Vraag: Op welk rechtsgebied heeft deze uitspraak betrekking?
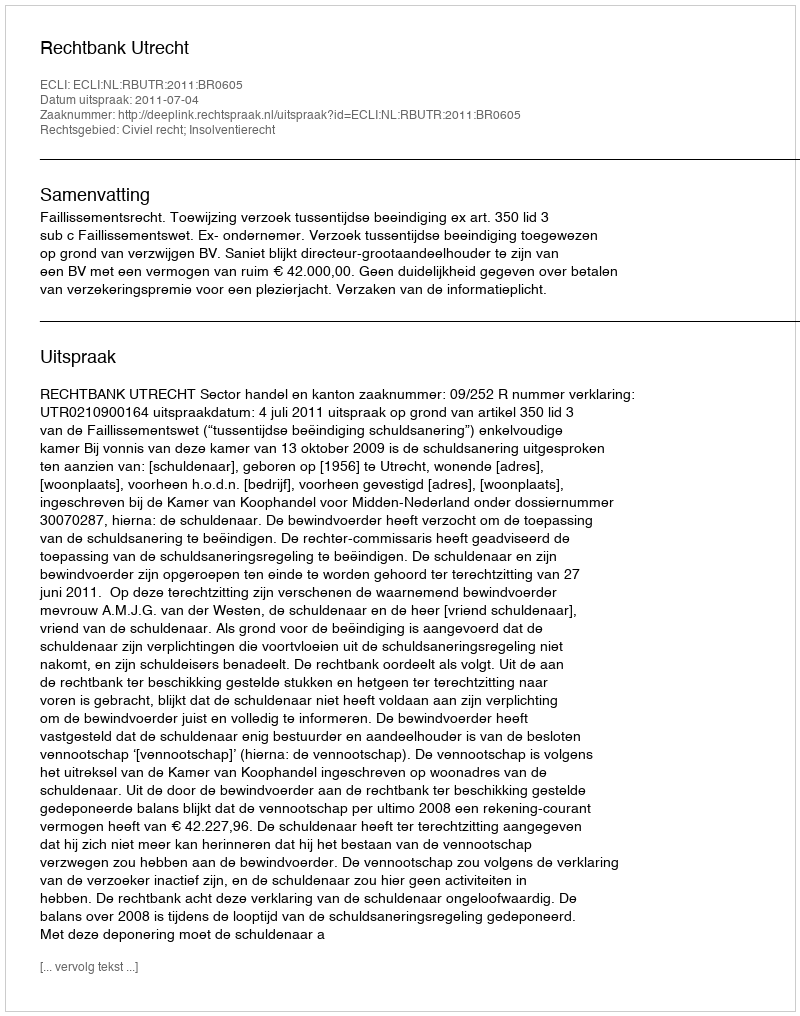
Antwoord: Civiel recht; Insolventierecht